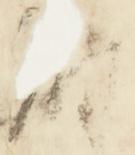
府